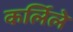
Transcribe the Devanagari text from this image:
कर्लिले